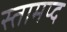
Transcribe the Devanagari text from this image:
स्तामप्द